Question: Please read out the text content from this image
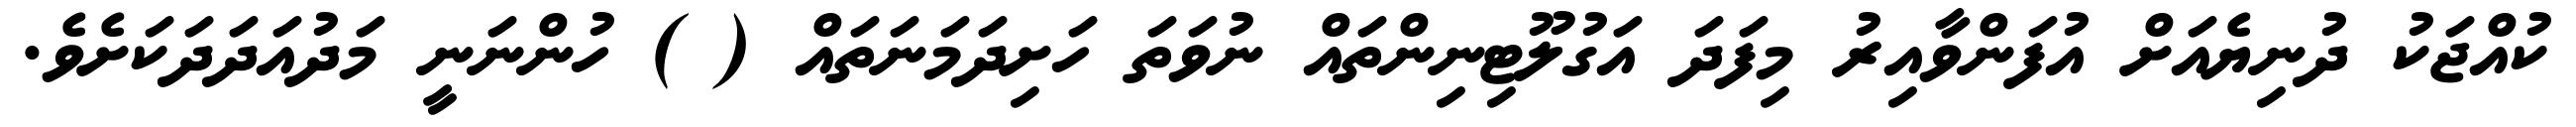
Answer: ކުއްޖަކު ދުނިޔެއަށް އުފަންވާއިރު މިފަދަ އަގުލޫޓިނިންތައް ނުވަތަ ހަށިދަމަނަތައް ( ) ހުންނަނީ މަދުއަދަދަކަށެވެ.